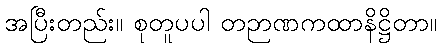
အပြီးတည်း။ စုတူပပါ တဉာဏကထာနိဋ္ဌိတာ။